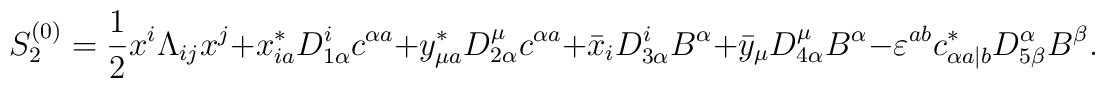
S^{(0)}_2={1\over2}x^i\Lambda_{ij}x^j+x^*_{ia}D^i_{1\alpha}c^{\alpha a}+y^*_{\mu a}D^\mu_{2\alpha}c^{\alpha a}+\bar{x}_iD^i_{3\alpha}B^\alpha+\bar{y}_\mu D^\mu_{4\alpha}B^\alpha-\varepsilon^{ab}c^*_{\alpha a|b}D^\alpha_{5\beta}B^\beta.